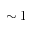
\sim 1